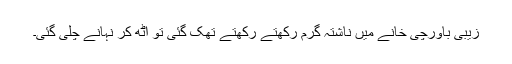
زیبی باورچی خانے میں ناشتہ گرم رکھتے رکھتے تھک گئی تو اٹھ کر نہانے چلی گئی۔